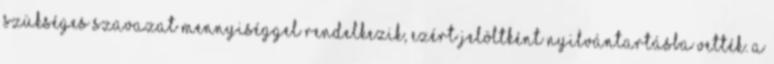
szükséges szavazat mennyiséggel rendelkezik, ezért jelöltként nyilvántartásba vették. A